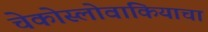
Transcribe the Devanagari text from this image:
चेकोस्लोवाकियाचा